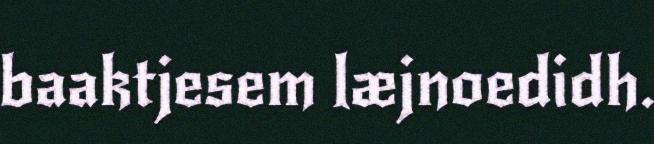
baaktjesem læjnoedidh.